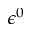
\epsilon ^ { 0 }